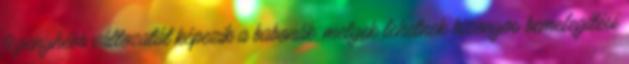
legenyhébb változatát képezik a babonák, melyek lehetnek bizonyos bemelegítési